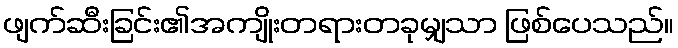
ဖျက်ဆီးခြင်း၏အကျိုးတရားတခုမျှသာ ဖြစ်ပေသည်။